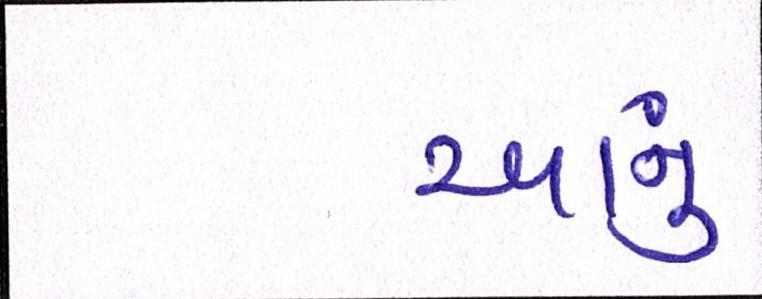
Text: આનું